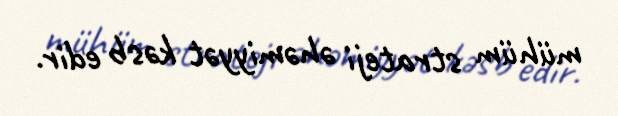
mühüm strateji əhəmiyyət kəsb edir.